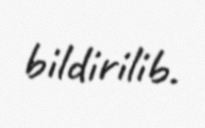
bildirilib.